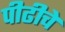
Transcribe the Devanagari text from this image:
पीढीचे